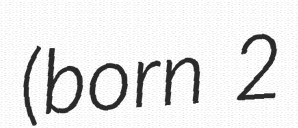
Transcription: (born 2